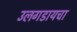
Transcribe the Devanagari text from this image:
उलगडायचा